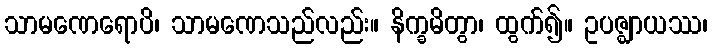
သာမဏေရောပိ၊ သာမဏေသည်လည်း။ နိက္ခမိတွာ၊ ထွက်၍။ ဥပဇ္ဈာယဿ၊